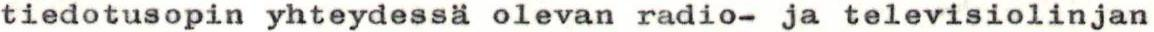
tiedotusopin yhteydessä olevan radio- ja televisiolinjan